Preparation of a safe and efficient antirabic vaccine - Number 44
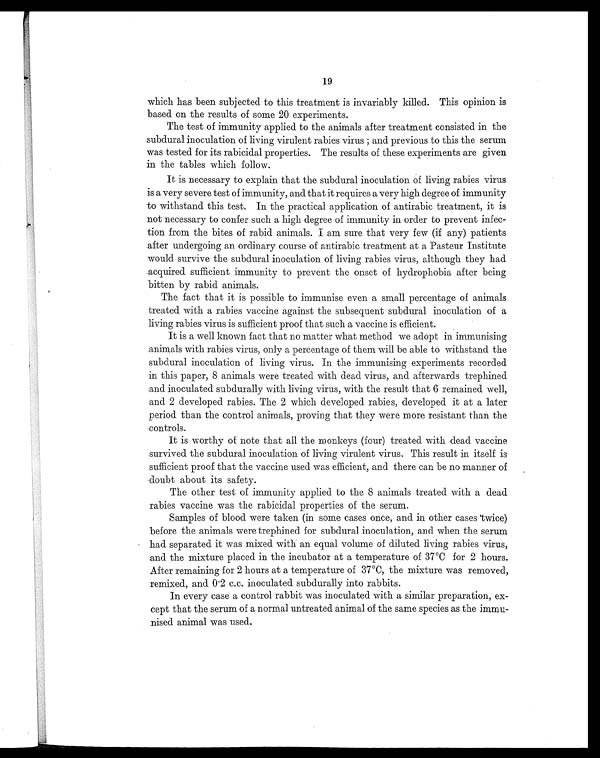
19
which has been subjected to this treatment is invariably killed. This opinion is
based on the results of some 20 experiments.
The test of immunity applied to the animals after treatment consisted in the
subdural inoculation of living virulent rabies virus ; and previous to this the serum
was tested for its rabicidal properties. The results of these experiments are given
in the tables which follow.
It is necessary to explain that the subdural inoculation of living rabies virus
is a very severe test of immunity, and that it requires a very high degree of immunity
to withstand this test. In the practical application of antirabic treatment, it is
not necessary to confer such a high degree of immunity in order to prevent infec-
tion from the bites of rabid animals. I am sure that very few (if any) patients
after undergoing an ordinary course of antirabic treatment at a Pasteur Institute
would survive the subdural inoculation of living rabies virus, although they had
acquired sufficient immunity to prevent the onset of hydrophobia after being
bitten by rabid animals.
The fact that it is possible to immunise even a small percentage of animals
treated with a rabies vaccine against the subsequent subdural inoculation of a
living rabies virus is sufficient proof that such a vaccine is efficient.
It is a well known fact that no matter what method we adopt in immunising
animals with rabies virus, only a percentage of them will be able to withstand the
subdural inoculation of living virus. In the immunising experiments recorded.
in this paper, 8 animals were treated with dead virus, and afterwards trephined
and inoculated subdurally with living virus, with the result that 6 remained well,
and 2 developed rabies. The 2 which developed rabies, developed it at a later
period than the control animals, proving that they were more resistant than the
controls.
It is worthy of note that all the monkeys (four) treated with dead vaccine
survived the subdural inoculation of living virulent virus. This result in itself is
sufficient proof that the vaccine used was efficient, and there can be no manner of
doubt about its safety.
The other test of immunity applied to the 8 animals treated with a dead
rabies vaccine was the rabicidal properties of the serum.
Samples of blood were taken (in some cases once, and in other cases twice)
before the animals were trephined for subdural inoculation, and when the serum
had separated it was mixed with an equal volume of diluted living rabies virus,
and the mixture placed in the incubator at a temperature of 37°C for 2 hours.
After remaining for 2 hours at a temperature of 37°C, the mixture was removed,
remixed, and 0.2 c.c. inoculated subdurally into rabbits.
In every case a control rabbit was inoculated with a similar preparation, ex-
cept that the serum of a normal untreated animal of the same species as the immu-
nised animal was used.